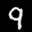
Label: 9